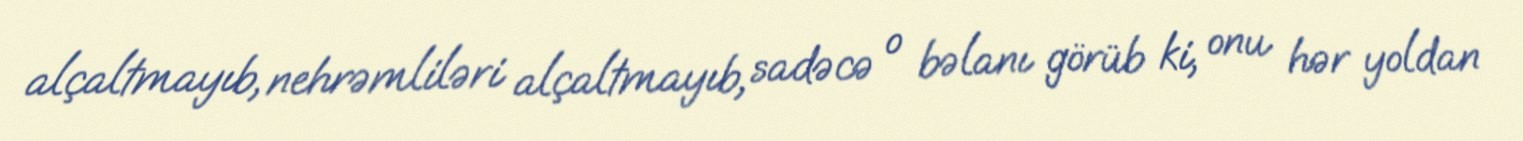
alçaltmayıb, nehrəmliləri alçaltmayıb, sadəcə o bəlanı görüb ki, onu hər yoldan